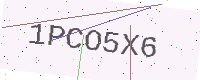
Text: 1PCO5X6